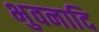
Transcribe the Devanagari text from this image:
भुवनादि